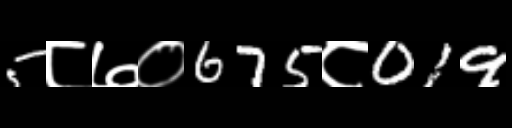
Text: 5८७०675८019